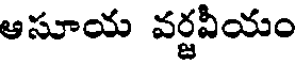
ఆసూయ వర్జవీయం